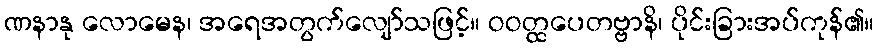
ဏနာနု လောမေန၊ အရေအတွက်လျော်သဖြင့်။ ဝဝတ္ထပေတဗ္ဗာနိ၊ ပိုင်းခြားအပ်ကုန်၏။